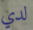
لدي